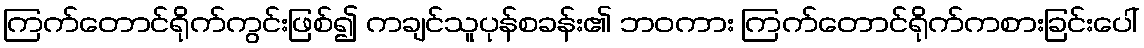
ကြက်တောင်ရိုက်ကွင်းဖြစ်၍ ကချင်သူပုန်စခန်း၏ ဘဝကား ကြက်တောင်ရိုက်ကစားခြင်းပေါ်